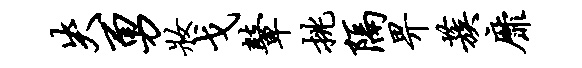
失勇妆戈鼙挑隔畀蔟靡